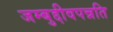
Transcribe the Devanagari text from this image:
जम्बुद्दीवपन्नति